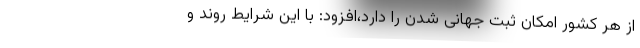
از هر کشور امکان ثبت جهانی شدن را دارد،افزود: با این شرایط روند و